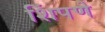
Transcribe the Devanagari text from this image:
शिंपणे